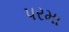
પરમા